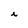
Character: i